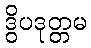
ဒွိပဒုတ္တမ